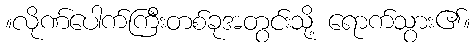
။လိုဏ်ပေါက်ကြီးတစ်ခုအတွင်းသို့ ရောက်သွား၏။